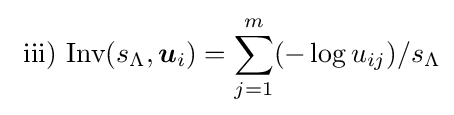
{\text{ iii) Inv}}(s_{\Lambda },{\boldsymbol {u}}_{i})=\sum _{j=1}^{m}(-\log u_{ij})/s_{\Lambda }